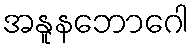
အနူနဘောဂေါ